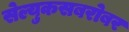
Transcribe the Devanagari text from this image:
सेल्युकसबरोबर